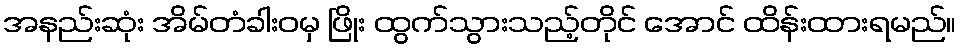
အနည်းဆုံး အိမ်တံခါးဝမှ ဖြိုး ထွက်သွားသည့်တိုင် အောင် ထိန်းထားရမည်။